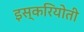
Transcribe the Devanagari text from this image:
इस्करियोती